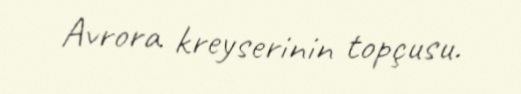
Avrora kreyserinin topçusu.